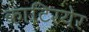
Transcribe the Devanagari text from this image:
काटिरयेर